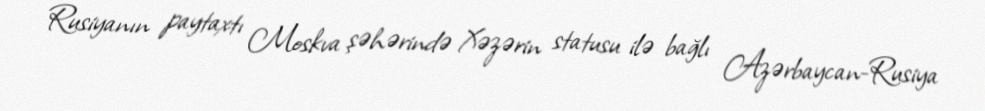
Rusiyanın paytaxtı Moskva şəhərində Xəzərin statusu ilə bağlı Azərbaycan-Rusiya